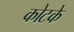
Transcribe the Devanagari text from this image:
कोटके